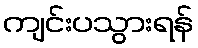
ကျင်းပသွားရန်